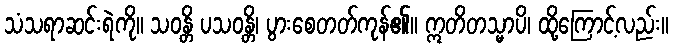
သံသရာဆင်းရဲကို။ သဝန္တိ ပသဝန္တိ၊ ပွားစေတတ်ကုန်၏။ ဣတိတသ္မာပိ၊ ထို့ကြောင့်လည်း။